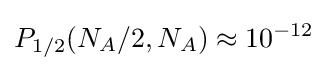
P_{1/2}(N_{A}/2,N_{A})\approx 10^{-12}